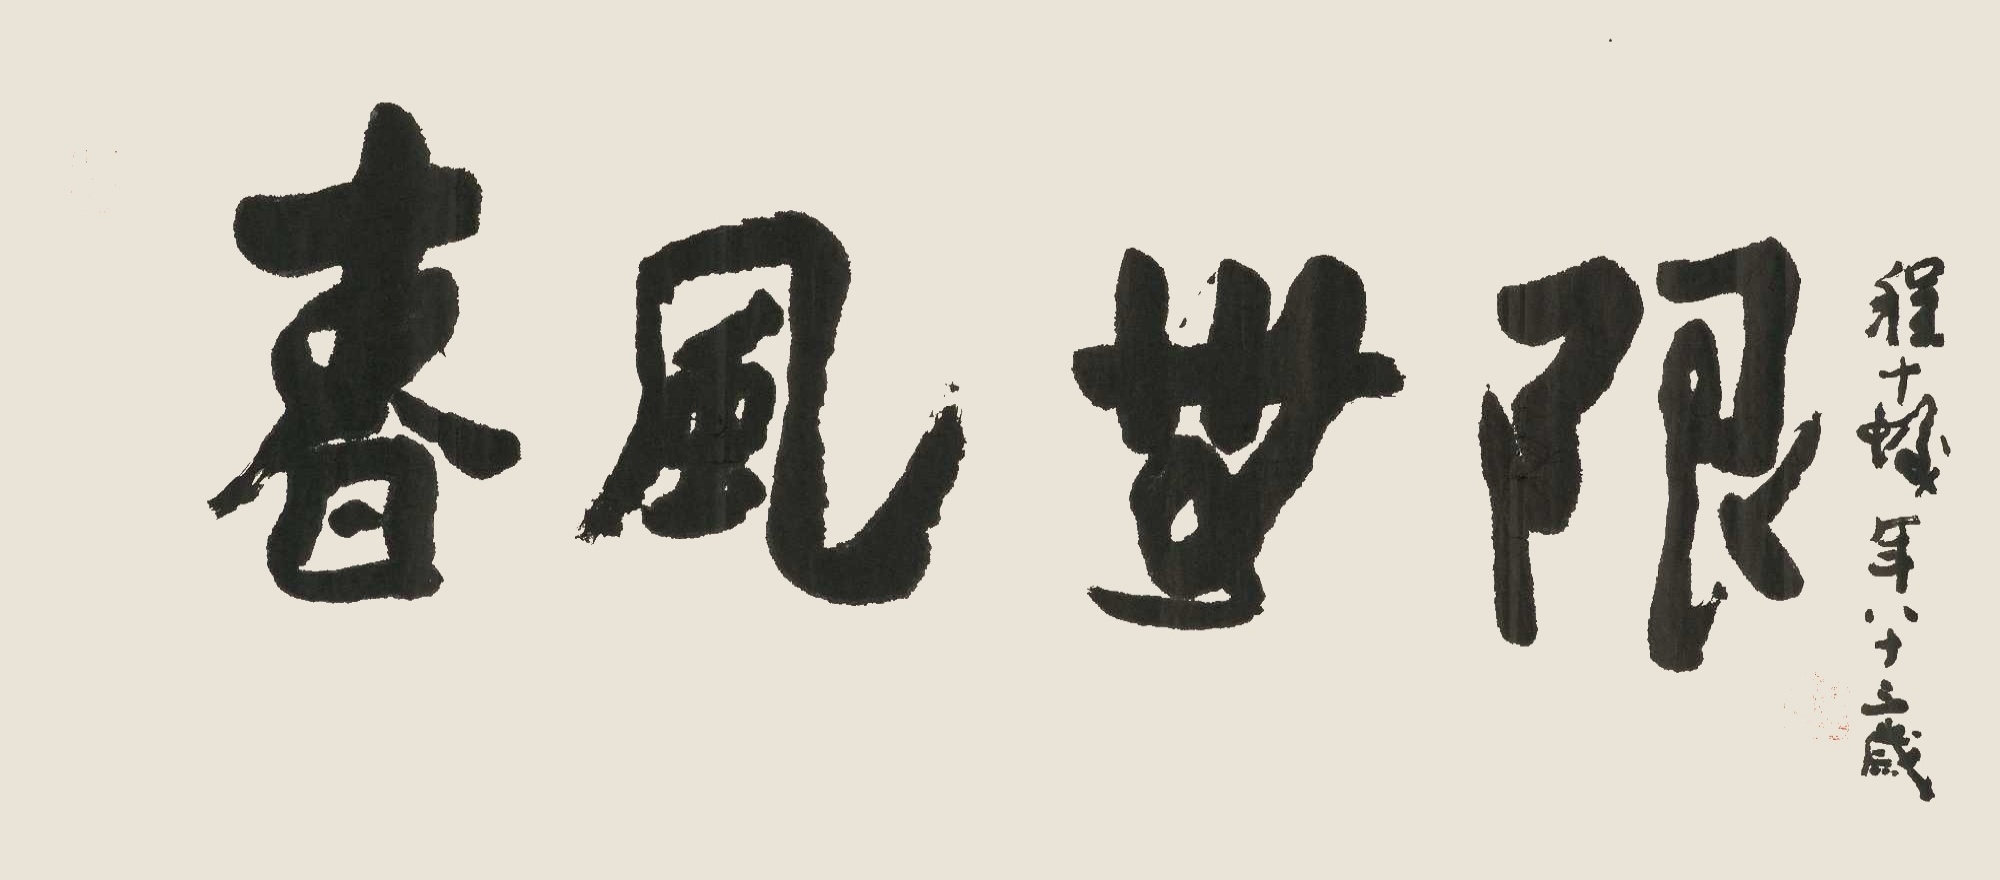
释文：春风无限程十发年八十三岁。